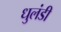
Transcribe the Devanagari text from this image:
धुलंडी